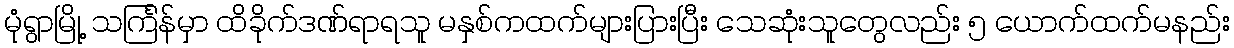
မုံရွာမြို့ သင်္ကြန်မှာ ထိခိုက်ဒဏ်ရာရသူ မနှစ်ကထက်များပြားပြီး သေဆုံးသူတွေလည်း ၅ ယောက်ထက်မနည်း